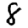
Digit: 8